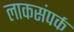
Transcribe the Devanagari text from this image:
लाकसंपर्क